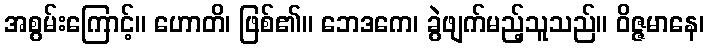
အစွမ်းကြောင့်။ ဟောတိ၊ ဖြစ်၏။ ဘေဒကေ၊ ခွဲဖျက်မည့်သူသည်။ ဝိဇ္ဇမာနေ၊